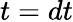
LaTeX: t=dt